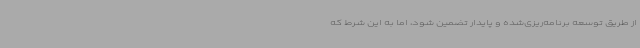
از طریق توسعه برنامه‌ریزی‌شده و پایدار تضمین شود، اما به این شرط که